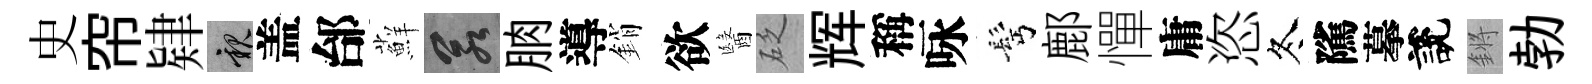
史帘肄親盖邰蘚若朒導銷欲醫砭辉稱咏髩鄜憚庸恣冬隲摹說鏘勃